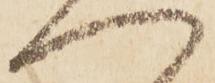
へ